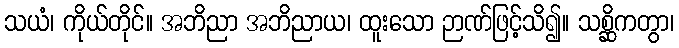
သယံ၊ ကိုယ်တိုင်။ အဘိညာ အဘိညာယ၊ ထူးသော ဉာဏ်ဖြင့်သိ၍။ သစ္ဆိကတွာ၊